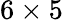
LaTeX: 6\times 5